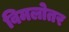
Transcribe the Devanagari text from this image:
विमलोतर